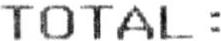
TOTAL :